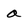
Character: a